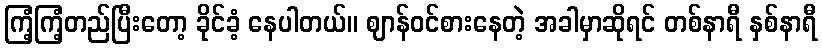
ကြံ့ကြံ့တည်ပြီးတော့ ခိုင်ခံ့ နေပါတယ်။ ဈာန်ဝင်စားနေတဲ့ အခါမှာဆိုရင် တစ်နာရီ နှစ်နာရီ